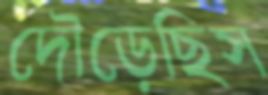
দৌড়েছিস